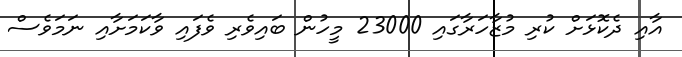
އާއި ދެކޮޅަށް ކުރި މުޒާހަރާގައި 23000 މީހުން ބައިވެރި ވެފައި ވާކަމަށާއި ނަމަވެސް